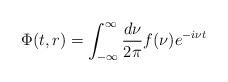
LaTeX: \begin{align*}\Phi(t,r) = \int^\infty_{-\infty} {d\nu\over 2\pi} f(\nu) e^{-i\nu t}\end{align*}